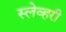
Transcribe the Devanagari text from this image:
स्लेव्हरी